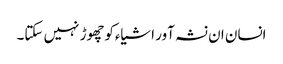
انسان ان نشہ آور اشیاءکوچھوڑ نہیں سکتا۔